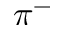
\pi ^ { - }